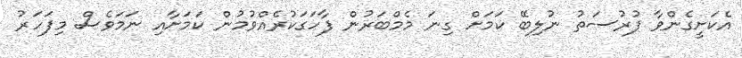
އެކަށީގެންވާ ފުރުސަތު ނުލިބޭ ކަމަށް ގިނަ މެމްބަރުން ފާހަގަކުރެއްވުމުން ކަމަށާއި ނަމަވެސް މިފަހަރު